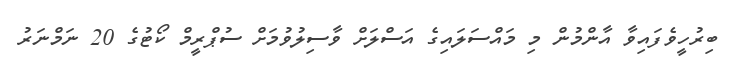
ބިރުހީވެފައިވާ އާންމުން މި މައްސަލައިގެ އަސްލަށް ވާސިލުވުމަށް ސުޕްރީމް ކޯޓުގެ 20 ނަމްނަރު